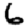
Digit: 6